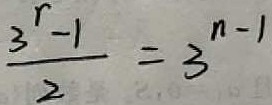
\frac { 3 ^ { r } - 1 } { 2 } = 3 ^ { n - 1 }